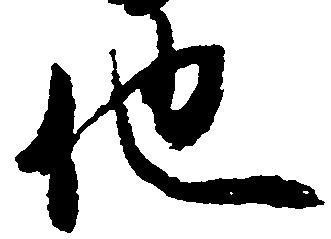
他